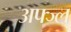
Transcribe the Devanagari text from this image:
अफ्ज्ल